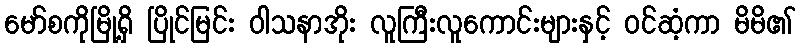
မော်စကိုမြို့ရှိ ပြိုင်မြင်း ဝါသနာအိုး လူကြီးလူကောင်းများနှင့် ဝင်ဆံ့ကာ မိမိ၏